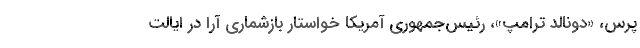
پرس، «دونالد ترامپ»، رئیس‌جمهوری آمریکا خواستار بازشماری آرا در ایالت